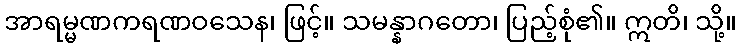
အာရမ္မဏကရဏဝသေန၊ ဖြင့်။ သမန္နာဂတော၊ ပြည့်စုံ၏။ ဣတိ၊ သို့။